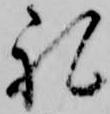
礼